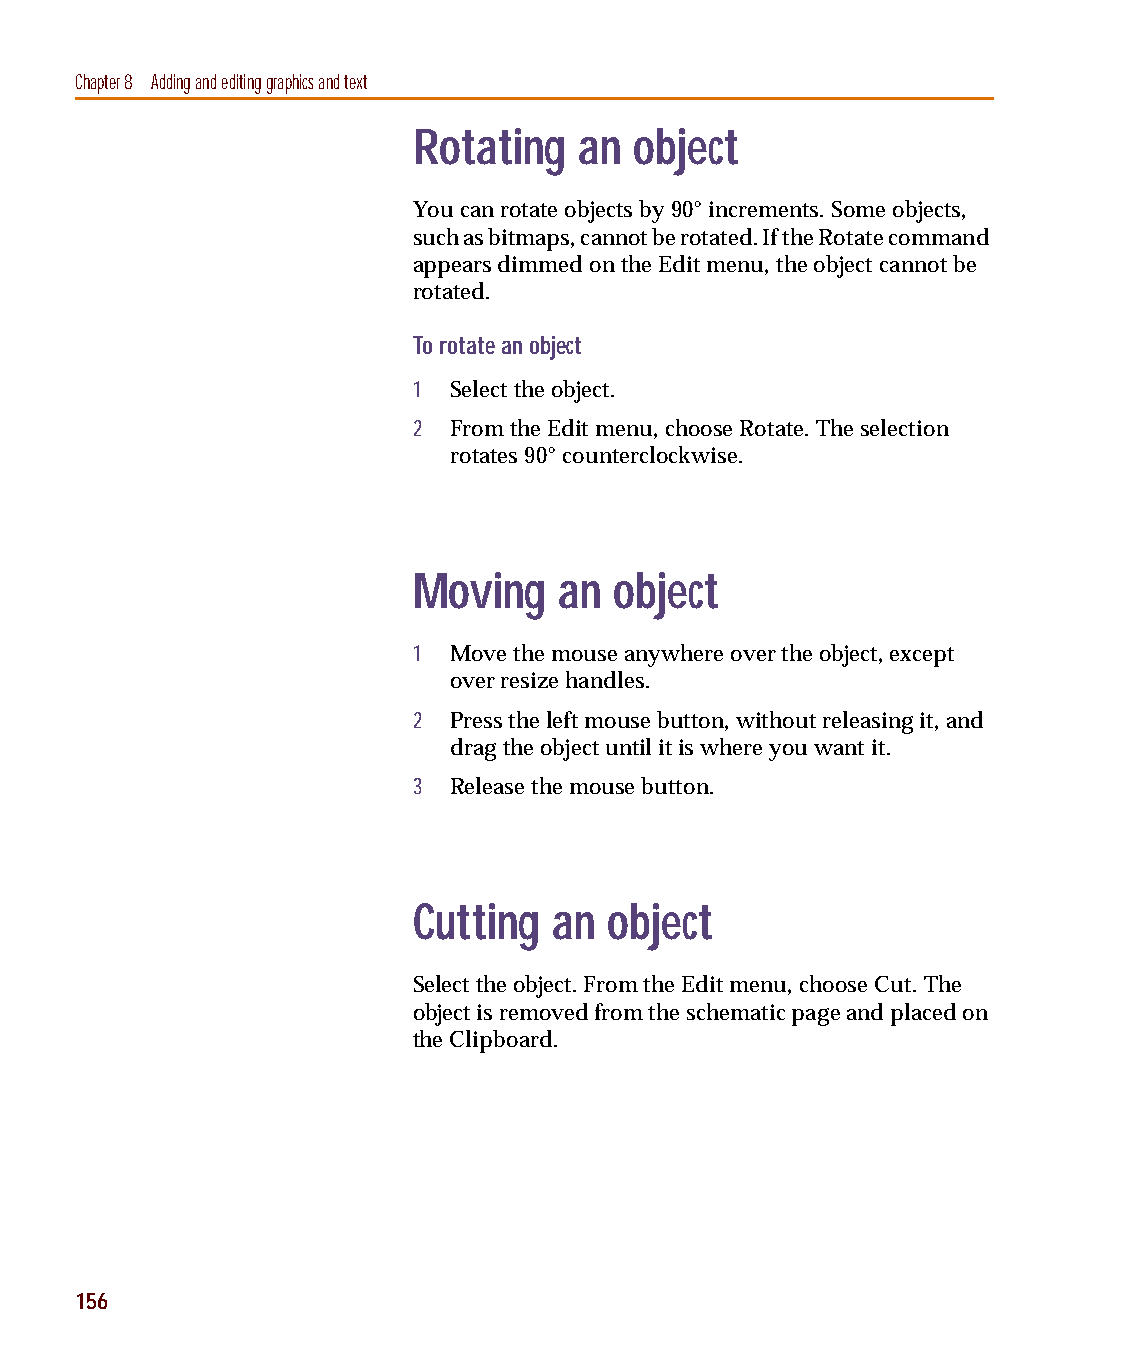
capug.book Page 156 Thursday, November 12, 1998 3:38 PM
 Chapter 8 Adding and editing graphics and text
 Rotating   an  object
 You can rotate objects by 90° increments. Some objects,
 such as bitmaps, cannot be rotated. If the Rotate command
 appears dimmed on the Edit menu, the object cannot be
 rotated.
 To rotate an object
 1  Select the object.
 2  From the Edit menu, choose Rotate. The selection
 rotates 90° counterclockwise.
 Moving    an  object
 1  Move the mouse anywhere over the object, except
 over resize handles.
 2  Press the left mouse button, without releasing it, and
 drag the object until it is where you want it.
 3  Release the mouse button.
 Cutting   an object
 Select the object. From the Edit menu, choose Cut. The
 object is removed from the schematic page and placed on
 the Clipboard.
 156